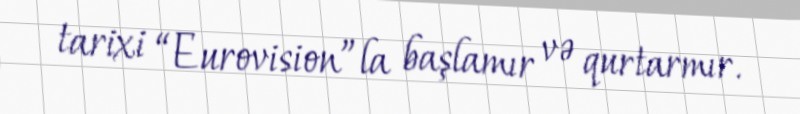
tarixi “Eurovision”la başlamır və qurtarmır.